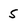
Character: 5